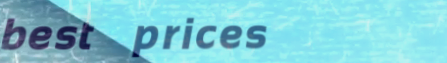
best prices